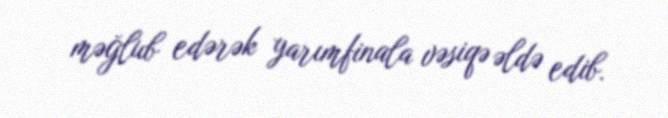
məğlub edərək yarımfinala vəsiqə əldə edib.